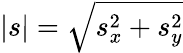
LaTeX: |s|=\sqrt{s_{x}^{2}+s_{y}^{2}}